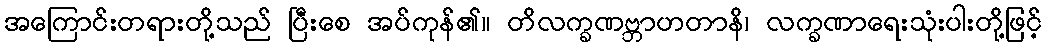
အကြောင်းတရားတို့သည် ပြီးစေ အပ်ကုန်၏။ တိလက္ခဏဗ္ဘာဟတာနိ၊ လက္ခဏာရေးသုံးပါးတို့ဖြင့်